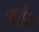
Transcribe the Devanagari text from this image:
।फौज